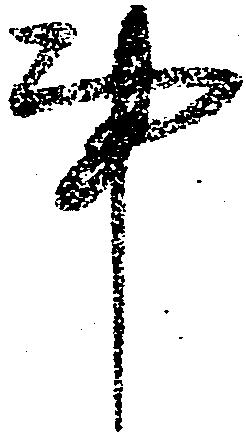
事